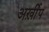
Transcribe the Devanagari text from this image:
अर्ख़ीप